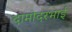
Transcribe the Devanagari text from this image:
दामोदरभाई